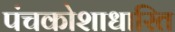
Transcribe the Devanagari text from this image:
पंचकोशाधारित